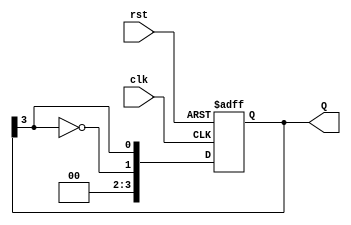
module JohnsonCounter #(parameter N = 4) (
    input wire clk,          // Clock input
    input wire rst,          // Asynchronous reset
    output reg [N-1:0] Q     // Counter output
);

    always @(posedge clk or posedge rst) begin
        if (rst) begin
            Q <= 0; // Reset the counter to 0
        end else begin
            Q <= {~Q[N-1], Q[N-1:N-1]}; // Shift and invert the last bit
        end
    end

endmodule